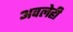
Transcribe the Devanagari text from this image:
अवलेही